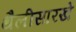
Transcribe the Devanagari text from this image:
थैलीसारखे